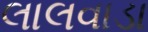
લાલવાડા